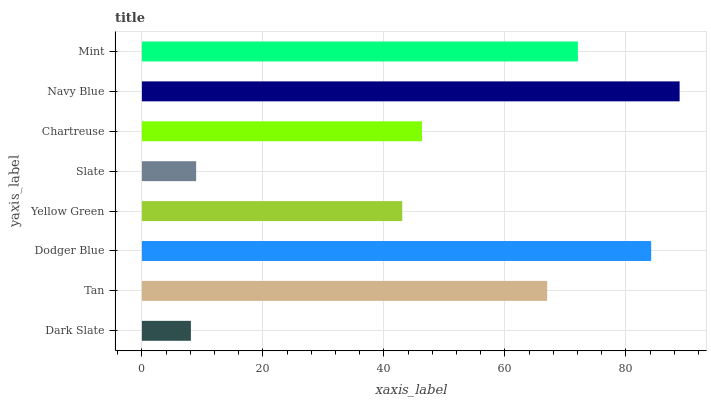
| yaxis_label | bars |
 | --- | --- |
 | Dark Slate | 8.1 |
 | Tan | 67 |
 | Dodger Blue | 84.2 |
 | Yellow Green | 43 |
 | Slate | 8.97 |
 | Chartreuse | 46.3 |
 | Navy Blue | 88.9 |
 | Mint | 72.1 |